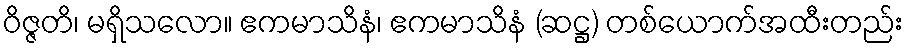
ဝိဇ္ဇတိ၊ မရှိသလော။ ဧကမာသိနံ၊ ဧကမာသိနံ (ဆဋ္ဌ) တစ်ယောက်အထီးတည်း